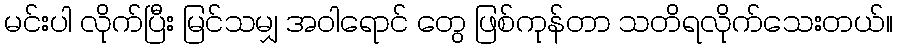
မင်းပါ လိုက်ပြီး မြင်သမျှ အဝါရောင် တွေ ဖြစ်ကုန်တာ သတိရလိုက်သေးတယ်။